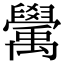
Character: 𥝊